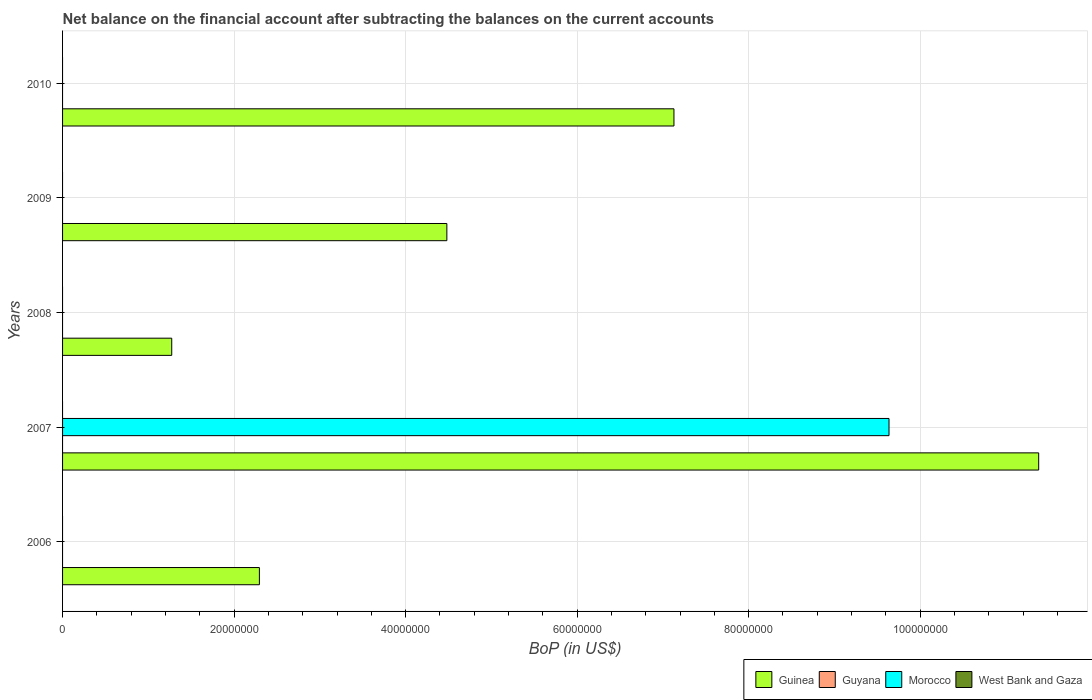
| Years | Guinea | Guyana | Morocco | West Bank and Gaza |
 | --- | --- | --- | --- | --- |
 | 2006 | 2.3e+07 | -8.38e+07 | -5.23e+08 | -3.81e+07 |
 | 2007 | 1.14e+08 | -3.74e+07 | 9.64e+07 | -4.95e+08 |
 | 2008 | 1.27e+07 | -9.52e+07 | -4.14e+08 | -2.29e+08 |
 | 2009 | 4.48e+07 | -1.68e+08 | -5.21e+08 | -1.46e+08 |
 | 2010 | 7.13e+07 | -3.52e+08 | -1.6e+08 | -2.01e+08 |